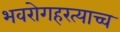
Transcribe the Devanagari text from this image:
भवरोगहरत्याच्च